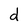
Character: d